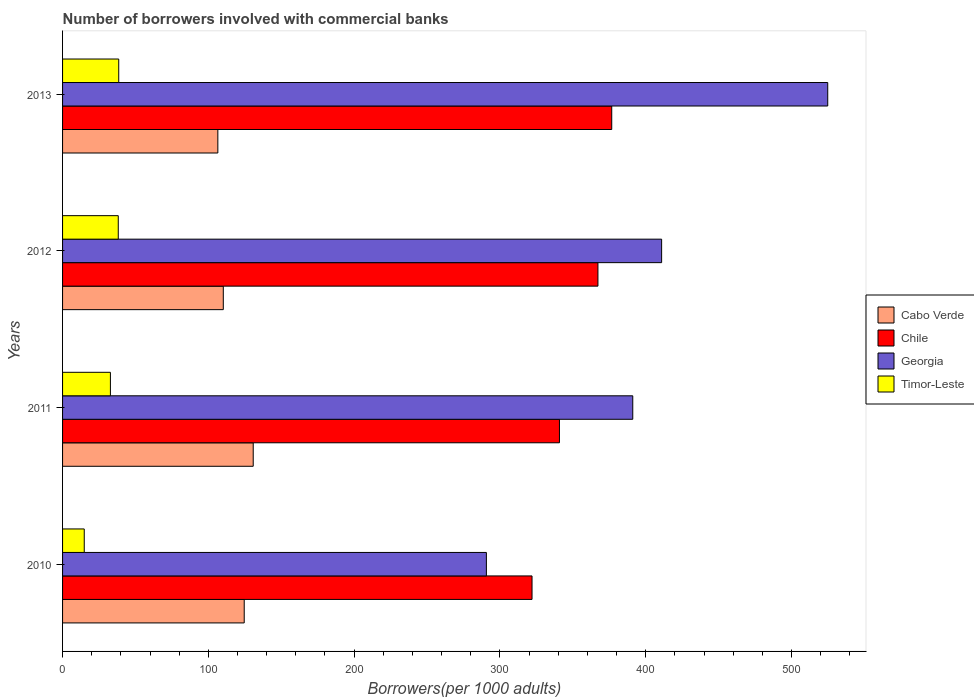
| Years | Cabo Verde | Chile | Georgia | Timor-Leste |
 | --- | --- | --- | --- | --- |
 | 2010 | 125 | 322 | 291 | 14.9 |
 | 2011 | 131 | 341 | 391 | 32.8 |
 | 2012 | 110 | 367 | 411 | 38.2 |
 | 2013 | 107 | 377 | 525 | 38.5 |